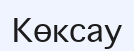
Көксау